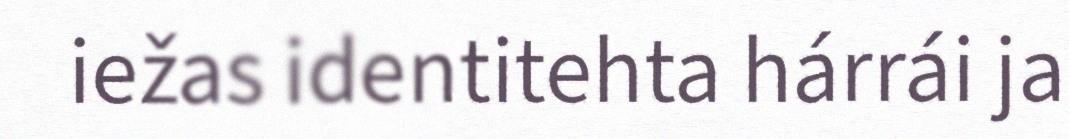
iežas identitehta hárrái ja